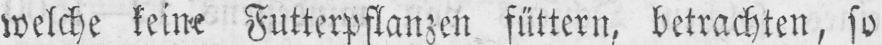
welche keine Futterpflanzen füttern, betrachten, so